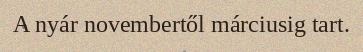
A nyár novembertől márciusig tart.